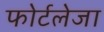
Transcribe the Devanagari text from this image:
फोर्टलेजा